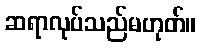
ဆရာလုပ်သည်မဟုတ်။